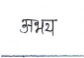
मजकूर: अभय